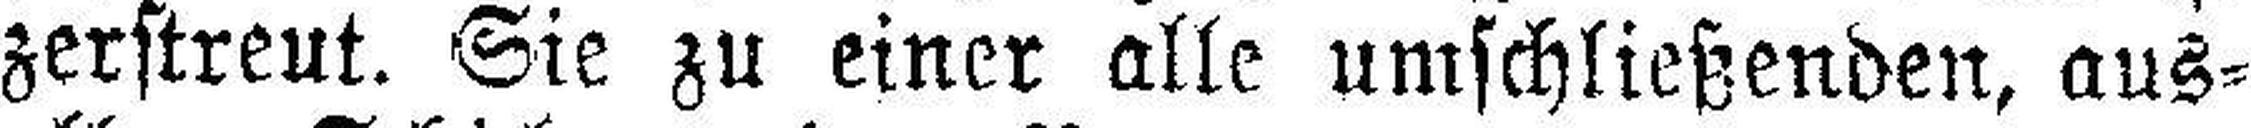
zerstreut. Sie zu einer alle umschließenden, aus¬